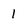
Character: I